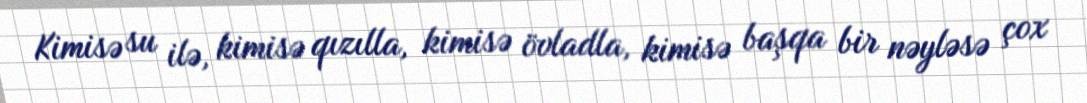
Kimisə su ilə, kimisə qızılla, kimisə övladla, kimisə başqa bir nəyləsə çox